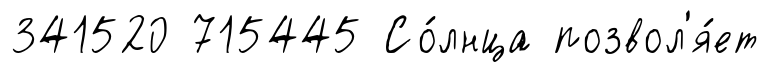
341520 715445 Со́лнца позвол'я́ет